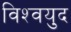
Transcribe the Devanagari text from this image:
विश्‍वयुद